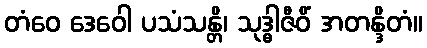
တံဝေ ဒေဝေါ ပသံသန္တိ၊ သုဒ္ဓါဇီဝိံ အတန္ဒိတံ။